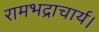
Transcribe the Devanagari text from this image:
रामभद्राचार्य।